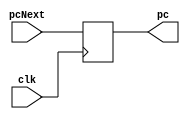
module PC (
    input wire clk,
    input wire [15:0] pcNext,
    output wire [15:0] pc
);

    reg [15:0] s_pc;

    initial begin
        s_pc = 0;
    end

    always @(posedge clk) begin
        s_pc <= pcNext;
    end

    assign pc = s_pc;

endmodule